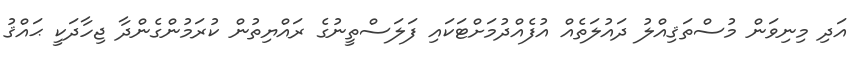
އަދި މިނިވަން މުސްތަޤިއްލު ދައުލަތެއް އުފެއްދުމަށްޓަކައި ފަލަސްތީނުގެ ރައްޔިތުން ކުރަމުންގެންދާ ޖިހާދަކީ ޙައްޤު